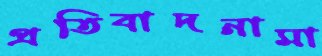
প্রতিবাদনামা